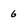
Character: 6